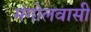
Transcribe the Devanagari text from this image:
मंगोलवासी